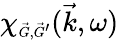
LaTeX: \chi_{\scriptscriptstyle\vec{G},\vec{G}^{\prime}}(\vec{k},\omega)